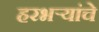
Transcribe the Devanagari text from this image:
हरभर्‍यांचे